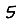
Digit: 5